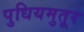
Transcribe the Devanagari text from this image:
पुधियमुतूर